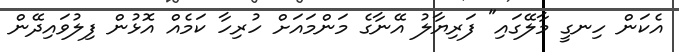
އެކަން ހިނގީ މާލޭގައި" ފަރިޔާލު އޭނާގެ މަންމައަށް ހުރިހާ ކަމެއް އޮޅުން ފިލުވައިދޭން